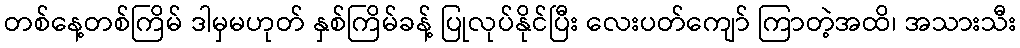
တစ်နေ့တစ်ကြိမ် ဒါမှမဟုတ် နှစ်ကြိမ်ခန့် ပြုလုပ်နိုင်ပြီး လေးပတ်ကျော် ကြာတဲ့အထိ၊ အသားသီး